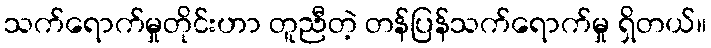
သက်ရောက်မှုတိုင်းဟာ တူညီတဲ့ တန်ပြန်သက်ရောက်မှု ရှိတယ်။